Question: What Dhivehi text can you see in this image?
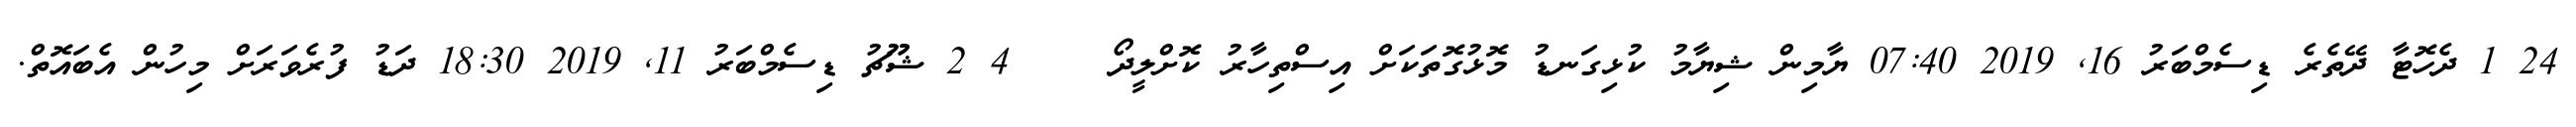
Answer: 24 1 ދެހޮޓާ ދޭތެރެ ޑިސެމްބަރު 16, 2019 07:40 ޔާމިން ޝިޔާމު ކުޅިގަނޑު މޮޅުގޮތަކަށް އިސްތިހާރު ކޮށްލީދޯ????? 4 2 ޝޫޗު ޑިސެމްބަރު 11, 2019 18:30 ދަޑު ފުރެވަރަށް މިހުން އެބައޮތް.